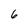
Character: 6